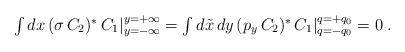
\begin{align*}\textstyle{\int }\, dx \, (\sigma \, C_2)^{\ast} \, C_1\vert_{y=-\infty}^{y=+\infty} = \textstyle{\int} \, d \tilde{x} \, dy \, (p_y \, C_2)^{\ast}\, C_1\vert_{q=-q_0}^{q=+q_0}= 0 \; . \end{align*}